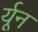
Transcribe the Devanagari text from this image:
र्यून